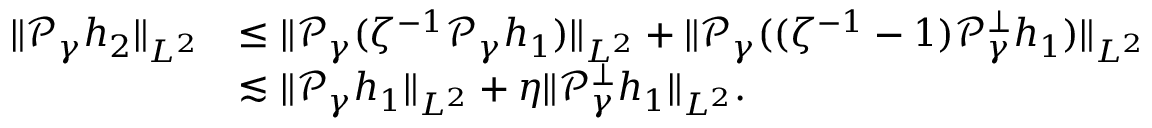
\begin{array} { r l } { \| \mathcal P _ { \gamma } h _ { 2 } \| _ { L ^ { 2 } } } & { \leq \| \mathcal P _ { \gamma } ( \zeta ^ { - 1 } \mathcal P _ { \gamma } h _ { 1 } ) \| _ { L ^ { 2 } } + \| \mathcal P _ { \gamma } ( ( \zeta ^ { - 1 } - 1 ) \mathcal P _ { \gamma } ^ { \perp } h _ { 1 } ) \| _ { L ^ { 2 } } } \\ & { \lesssim \| \mathcal P _ { \gamma } h _ { 1 } \| _ { L ^ { 2 } } + \eta \| \mathcal P _ { \gamma } ^ { \perp } h _ { 1 } \| _ { L ^ { 2 } } . } \end{array}